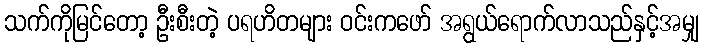
သက်ကိုမြင်တော့ ဦးစီးတဲ့ ပရဟိတများ ဝင်းကဖော် အရွယ်ရောက်လာသည်နှင့်အမျှ